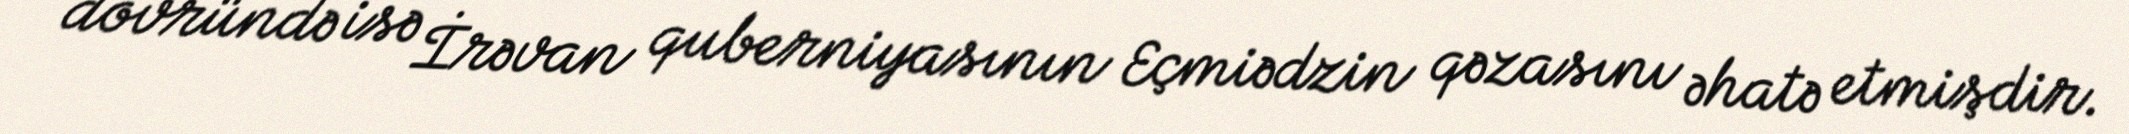
dövründə isə İrəvan quberniyasının Eçmiədzin qəzasını əhatə etmişdir.